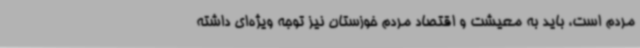
مردم است، باید به معیشت و اقتصاد مردم خوزستان نیز توجه ویژه‌ای داشته